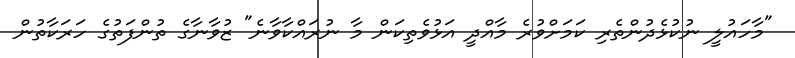
"މާހައުލީ ނުކުޅެދުންތެރި ކަމަށްވުރެ މާއްދީ އަޅުވެތިކަން މާ ނުރައްކާވާނެ" ޒުވާނާގެ ތުންފަތުގެ ހަރަކާތުން